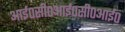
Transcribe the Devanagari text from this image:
आई०सी०आई०सी०आई०